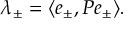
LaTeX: \lambda _ { \pm } = \langle e _ { \pm } , P e _ { \pm } \rangle .